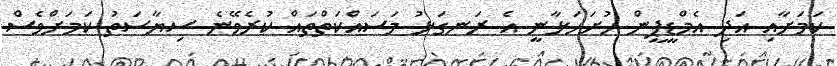
ކަމަށާއި އަދި އެމްޑީޕީން ހުށަހަޅާނީ އެ ރަނގަޅު މަސައްކަތްތައް ކުރެވޭނެ ސިޔާސަތު ކަމަށްވެސް